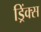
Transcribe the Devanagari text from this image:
ड्रिंक्‍स